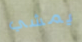
يمشي